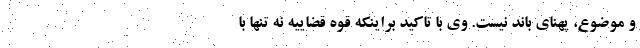
و موضوع، پهنای باند نیست. وی با تاکید براینکه قوه قضاییه نه تنها با